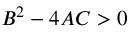
B ^ { 2 } - 4 A C > 0